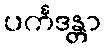
ပင်္ကဒန္တာ